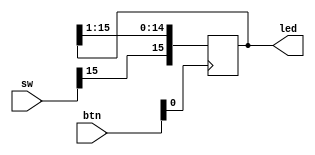
module shiftRegister(
    input [3:0] btn,
    input [15:0] sw, 
    output reg [15:0] led
);
    always @(posedge btn[0]) begin
        led <= {sw[15], led[15:1]};
    end
endmodule